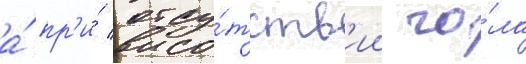
а́ пр'и́ отсу́тств'ии го́ла